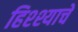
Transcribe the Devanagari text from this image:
हिश्श्याचे